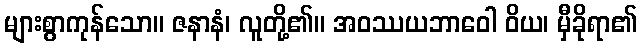
များစွာကုန်သော။ ဇနာနံ၊ လူတို့၏။ အဝဿယဘာဝေါ ဝိယ၊ မှီခိုရာ၏